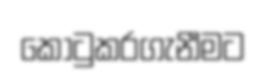
කොටුකරගැනීමට